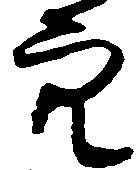
穴